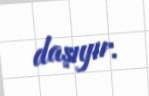
daşıyır.